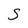
Character: s